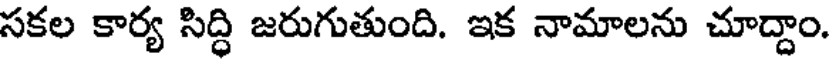
సకల కార్య సిద్ధి జరుగుతుంది. ఇక నామాలను చూద్దాం.